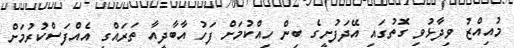
މުއިއްޒު ވިދާޅުވި ގޮތުގައި އޭދަފުށީގެ ބިން ހިއްކުމަށް ފަހު އާބާދީއާ ތަރައްގީ އެއްފަސްކުރުމަށް